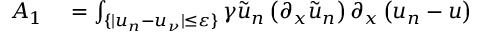
\begin{array} { r l } { A _ { 1 } } & { { } = \int _ { \{ | u _ { n } - u _ { \nu } | \leq \varepsilon \} } \gamma \tilde { u } _ { n } \left( \partial _ { x } \tilde { u } _ { n } \right) \partial _ { x } \left( u _ { n } - u \right) } \end{array}